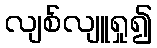
လျစ်လျူရှု၍